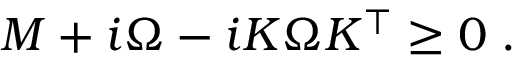
\begin{array} { r } { M + i \Omega - i K \Omega K ^ { \intercal } \geq 0 \; . } \end{array}